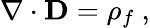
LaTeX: \nabla\cdot\mathbf{D}=\rho_{f}\ ,